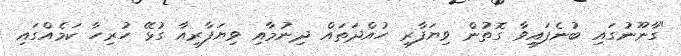
"ގާނޫނުގައި ބުނެފައިވާ ގޮތުން ވިޔަފާރި ހުއްދަތައް ދިނުމާއި ވިޔަފާރިއާ ގުޅޭ ހުރިހާ ކަމެއްގައި